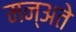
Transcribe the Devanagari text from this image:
मन्अते